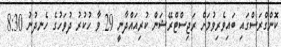
ކޮންގްރަސްގައި ބައިވެރިވުމަށް ރަޖިސްޓްރޭޝަން ކުރިއައްދާނީ 29 ވާ ހުކުރު ދުވަހުގެ ހެނދުނު 8:30